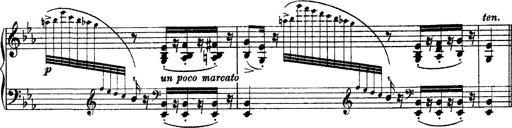
Title: Grandes Ã©tudes de Paganini
Composer: Franz Liszt